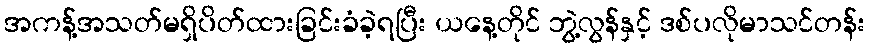
အကန့်အသတ်မရှိပိတ်ထားခြင်းခံခဲ့ရပြီး ယနေ့တိုင် ဘွဲ့လွန်နှင့် ဒစ်ပလိုမာသင်တန်း